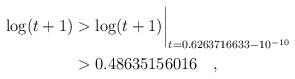
\begin{align*} \log(t+1)& > \log(t+1)\biggr\rvert_{t=0.6263716633 - 10^{-10}} \\& > 0.48635156016\quad , \end{align*}